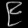
Digit: ၉